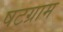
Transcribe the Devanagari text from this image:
षटग्राम